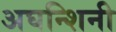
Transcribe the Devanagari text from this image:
अघन्शिनी